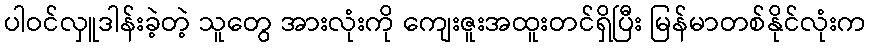
ပါဝင်လှူဒါန်းခဲ့တဲ့ သူတွေ အားလုံးကို ကျေးဇူးအထူးတင်ရှိပြီး မြန်မာတစ်နိုင်လုံးက